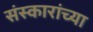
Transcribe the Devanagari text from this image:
संस्कारांच्या